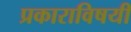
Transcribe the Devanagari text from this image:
प्रकाराविषयी